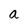
Character: a